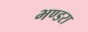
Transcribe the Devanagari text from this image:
भण्डरा